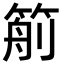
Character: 𥮙